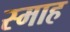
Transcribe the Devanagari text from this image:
स्माह